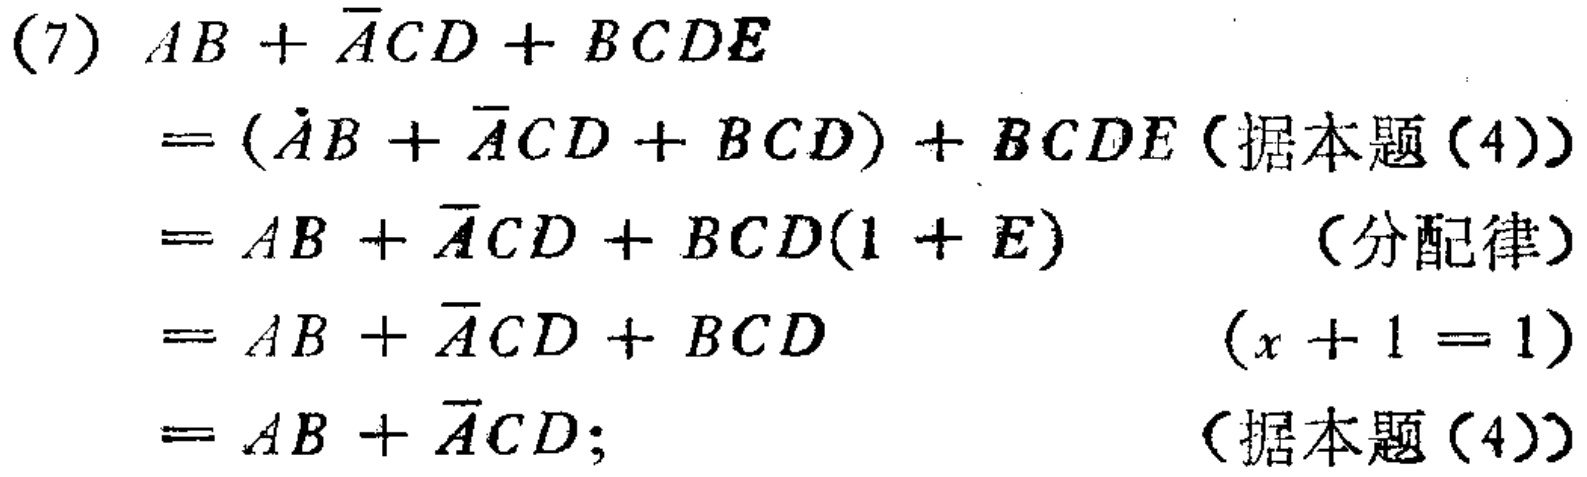
\begin{align*}

&(7)\ AB + \overline{A}CD + BCDE\\

&=(AB + \overline{A}CD + BCD)+ BCDE \text{（据本题（4））}\\

&=AB + \overline{A}CD + BCD(1 + E)\quad\text{（分配律）}\\

&=AB + \overline{A}CD + BCD\quad(x + 1 = 1)\\

&=AB + \overline{A}CD;\quad\text{（据本题（4））}

\end{align*}